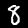
Label: 8